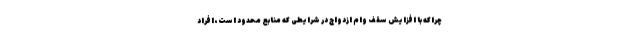
چراکه با افزایش سقف وام ازدواج در شرایطی که منابع محدود است، افراد